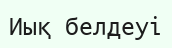
Иық белдеуі